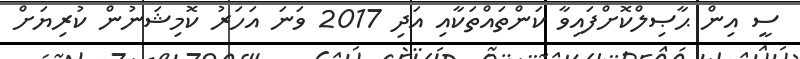
ސީ އިން ޙާޞިލްކޮށްފައިވާ ކަންތައްތަކާއި އަދި 2017 ވަނަ އަހަރު ކޮމިޝަނުން ކުރިޔަށް